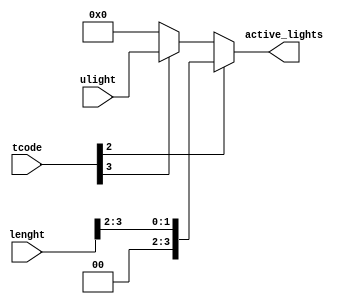
module ActiveLamps (
	input  [3:0] tcode  , // time code    [table2 time code   ]
	input  [3:0] ulight , // user light   [light degree mode  ]
    input  [3:0] lenght     , // room length  [square room lenght ]
	output [3:0] active_lights  // number of active light
);

	/* write your code here */
	
	reg [3:0] active_lights;
	
	always @ (tcode or ulight or lenght) begin
	
		if(tcode[2] == 1'b1) begin
		
			active_lights = {2'b00, lenght[3:2]};
		
		end
		else if(tcode[3] == 1'b1) begin
		
			active_lights = ulight;
			
		end
		else begin
		
			active_lights = 4'b0000;
			
		end
	
	end
	
	/* write your code here */

endmodule